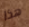
هذا